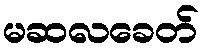
မဆလခေတ်